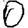
Digit: 0